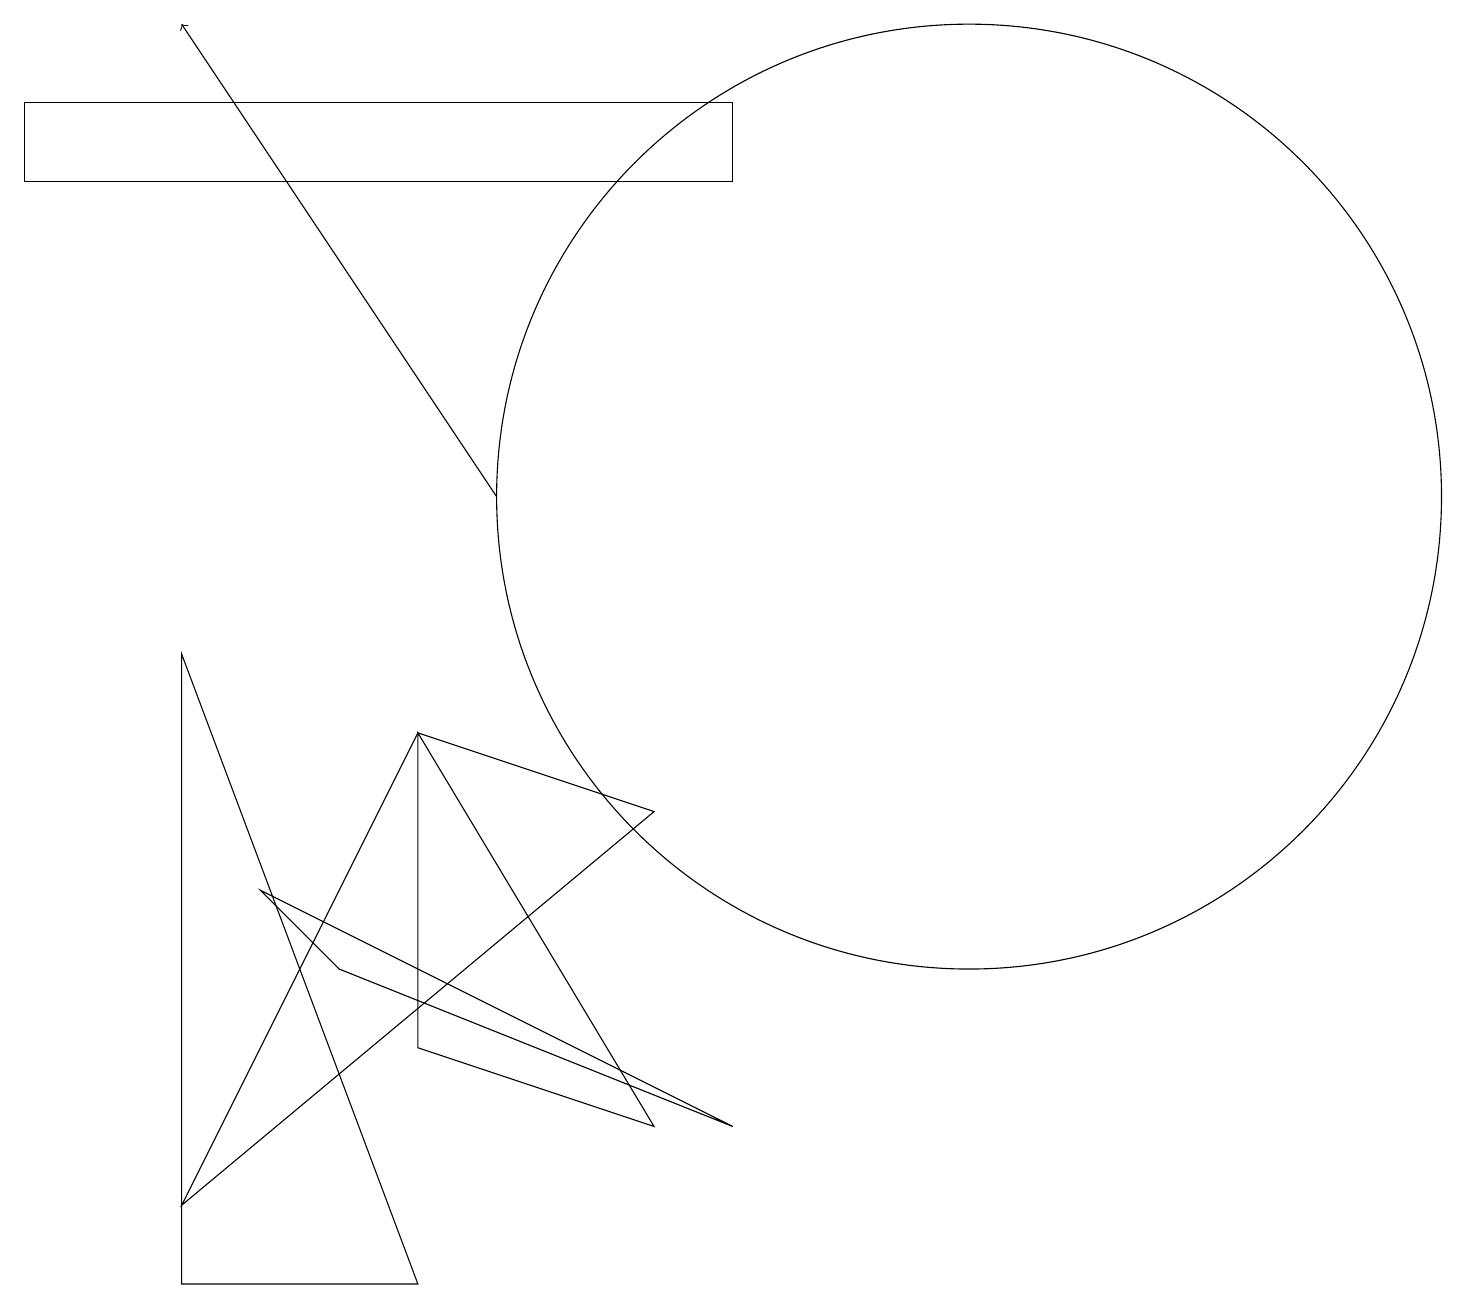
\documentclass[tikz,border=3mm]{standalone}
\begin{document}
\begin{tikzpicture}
\draw (12,11) circle (6);
\draw (5,8) -- (8,7) -- (2,2) -- cycle;
\draw (2,1) -- (5,1) -- (2,9) -- cycle;
\draw (9,3) -- (4,5) -- (3,6) -- cycle;
\draw (5,8) -- (8,3) -- (5,4) -- cycle;
\draw (9,15) rectangle (0,16);
\draw[->] (6,11) -- (2,17);
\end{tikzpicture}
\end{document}